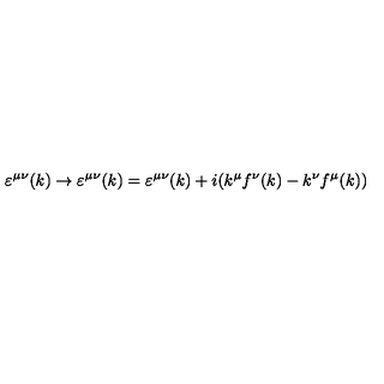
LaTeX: \varepsilon ^ { \mu \nu } ( k ) \rightarrow \varepsilon ^ { \mu \nu } ( k ) = \varepsilon ^ { \mu \nu } ( k ) + i ( k ^ { \mu } f ^ { \nu } ( k ) - k ^ { \nu } f ^ { \mu } ( k ) )